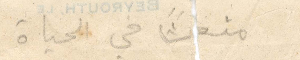
منعت في الحياة